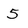
Character: 5